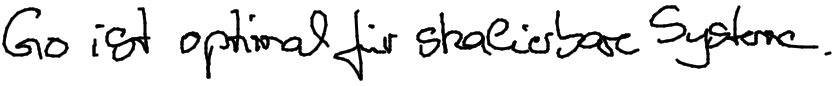
Go ist optimal für skalierbare Systeme.